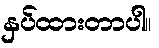
နှပ်ထားတာပါ။